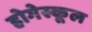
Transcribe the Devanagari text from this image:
होगेस्कूल